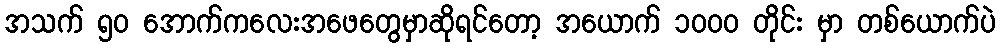
အသက် ၅၀ အောက်ကလေးအဖေတွေမှာဆိုရင်တော့ အယောက် ၁၀၀၀ တိုင်း မှာ တစ်ယောက်ပဲ